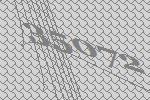
35072